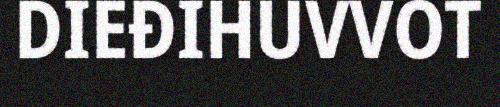
DIEĐIHUVVOT